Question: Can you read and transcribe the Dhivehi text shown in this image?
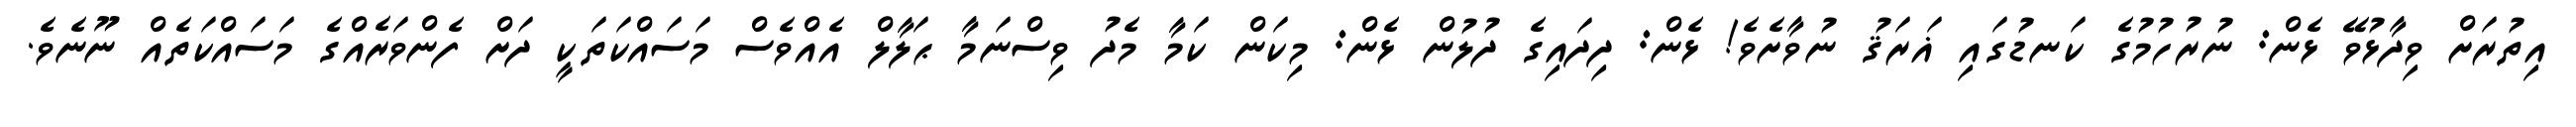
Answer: އިތުރަށް ވިދާޅުވޭ ޅެން: ނުރުހުމުގެ ކަނޑުގައި ޣަރަޤު ނުވާށެވެ! ޅެން: ދިދައިގެ ދުލުން ޅެން: މިކަން ކަމާ މެދު ވިސްނަމާ ޙަލާލް އެއްވެސް މަސައްކަތަކީ ދަށް ފެންވަރެއްގެ މަސައްކަތެއް ނޫނެވެ.